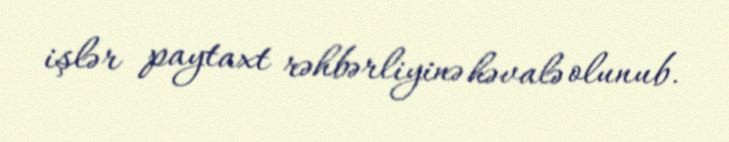
işlər paytaxt rəhbərliyinə həvalə olunub.